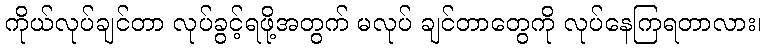
ကိုယ်လုပ်ချင်တာ လုပ်ခွင့်ရဖို့အတွက် မလုပ် ချင်တာတွေကို လုပ်နေကြရတာလား၊